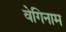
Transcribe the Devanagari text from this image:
वेगिनाम